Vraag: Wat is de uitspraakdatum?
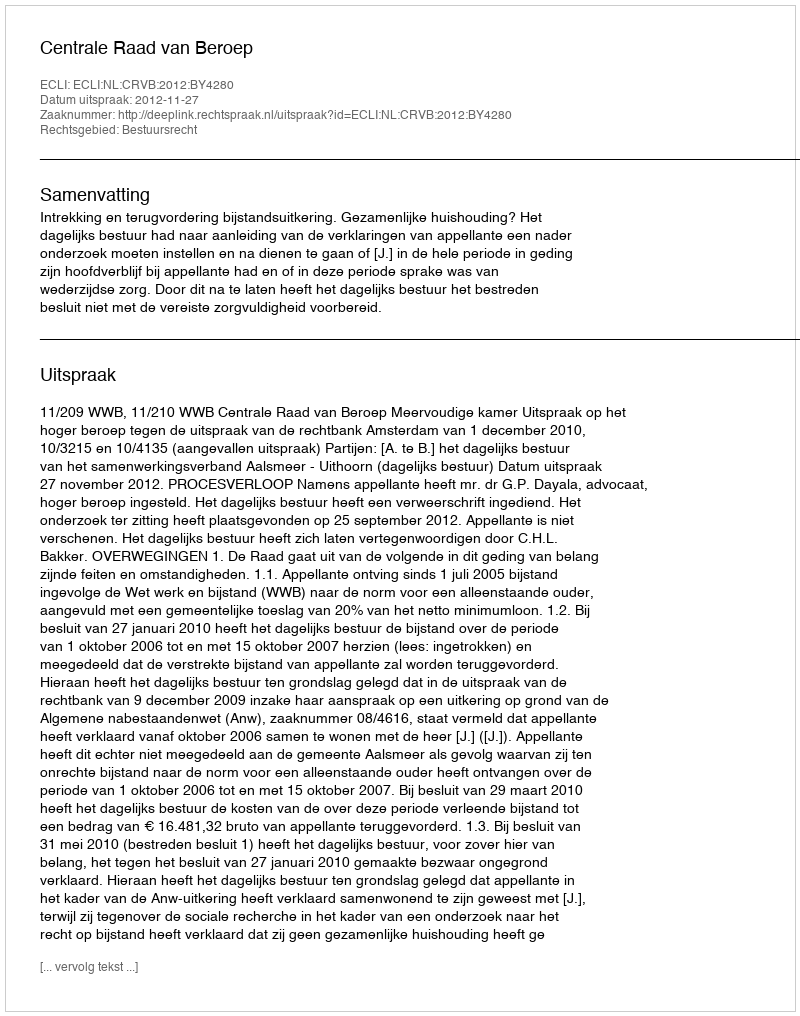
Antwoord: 2012-11-27